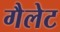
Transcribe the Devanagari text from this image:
गैलेट